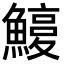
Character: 𩺽